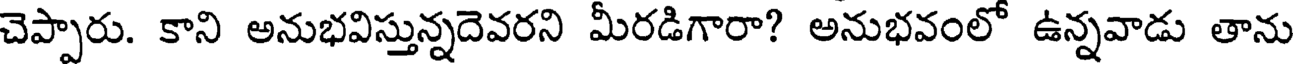
చెప్పారు. కాని అనుభవిస్తున్నదెవరని మీరడిగారా? అనుభవంలో ఉన్నవాడు తాను